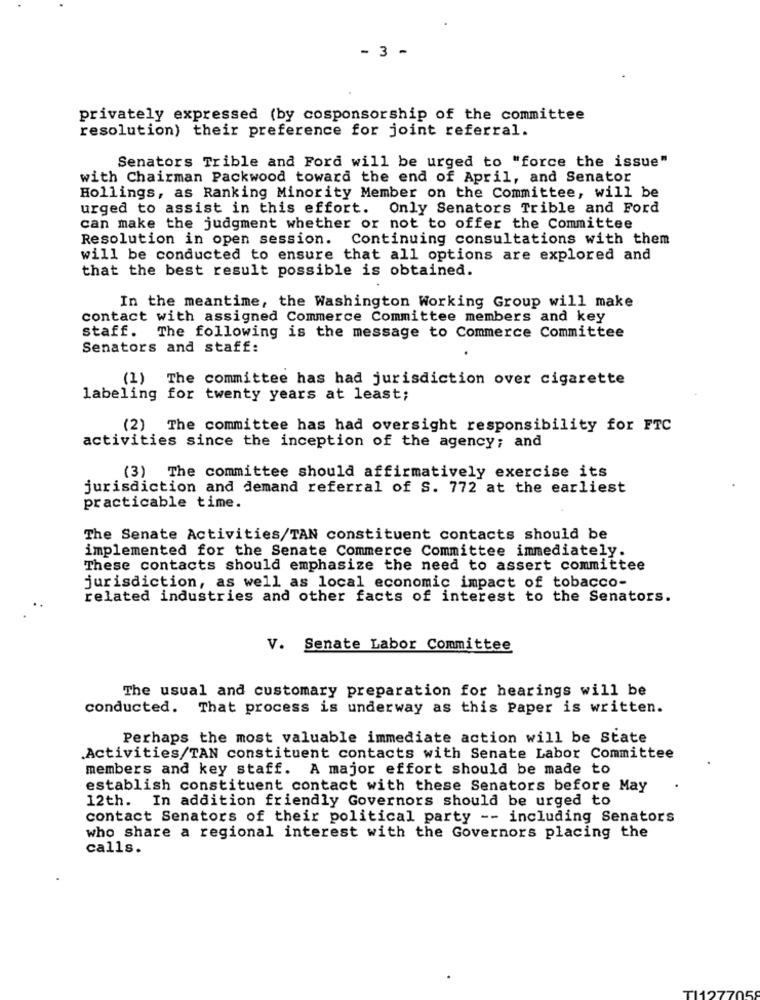
- 3 -
privately expressed (by cosponsorship of the committee
resolution) their preference for joint referral.
Senators Trible and Ford will be urged to "force the issue"
with Chairman Packwood toward the end of April, and Senator
Hollings, as Ranking Minority Member on the Committee, will be
urged to assist in this effort. Only Senators Trible and Ford
can make the judgment whether or not to offer the Committee
Resolution in open session.
Continuing consultations with them
will be conducted to ensure that all options are explored and
that the best result possible is obtained.
In the meantime, the Washington Working Group will make
contact with assigned Commerce Committee members and key
staff. The following is the message to Commerce Committee
Senators and staff:
(1) The committee has had jurisdiction over cigarette
labeling for twenty years at least;
(2) The committee has had oversight responsibility for FTC
activities since the inception of the agency; and
(3) The committee should affirmatively exercise its
jurisdiction and demand referral of S. 772 at the earliest
practicable time.
The Senate Activities/TAN constituent contacts should be
implemented for the Senate Commerce Committee immediately.
These contacts should emphasize the need to assert committee
jurisdiction, as well as local economic impact of tobacco-
related industries and other facts of interest to the Senators.
V. Senate Labor Committee
The usual and customary preparation for hearings will be
conducted. That process is underway as this Paper is written.
Perhaps the most valuable immediate action will be State
Activities/TAN constituent contacts with Senate Labor Committee
members and key staff. A major effort should be made to
establish constituent contact with these Senators before May
12th. In addition friendly Governors should be urged to
contact Senators of their political party -- including Senators
who share a regional interest with the Governors placing the
calls.
TI